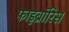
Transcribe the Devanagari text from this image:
फाइब्रॉरिस